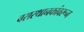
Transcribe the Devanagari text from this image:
बसस्थानकांवरून